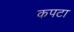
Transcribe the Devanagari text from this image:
कपटा